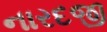
નારદજી